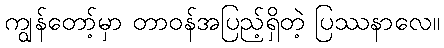
ကျွန်တော့်မှာ တာဝန်အပြည့်ရှိတဲ့ ပြဿနာလေ။